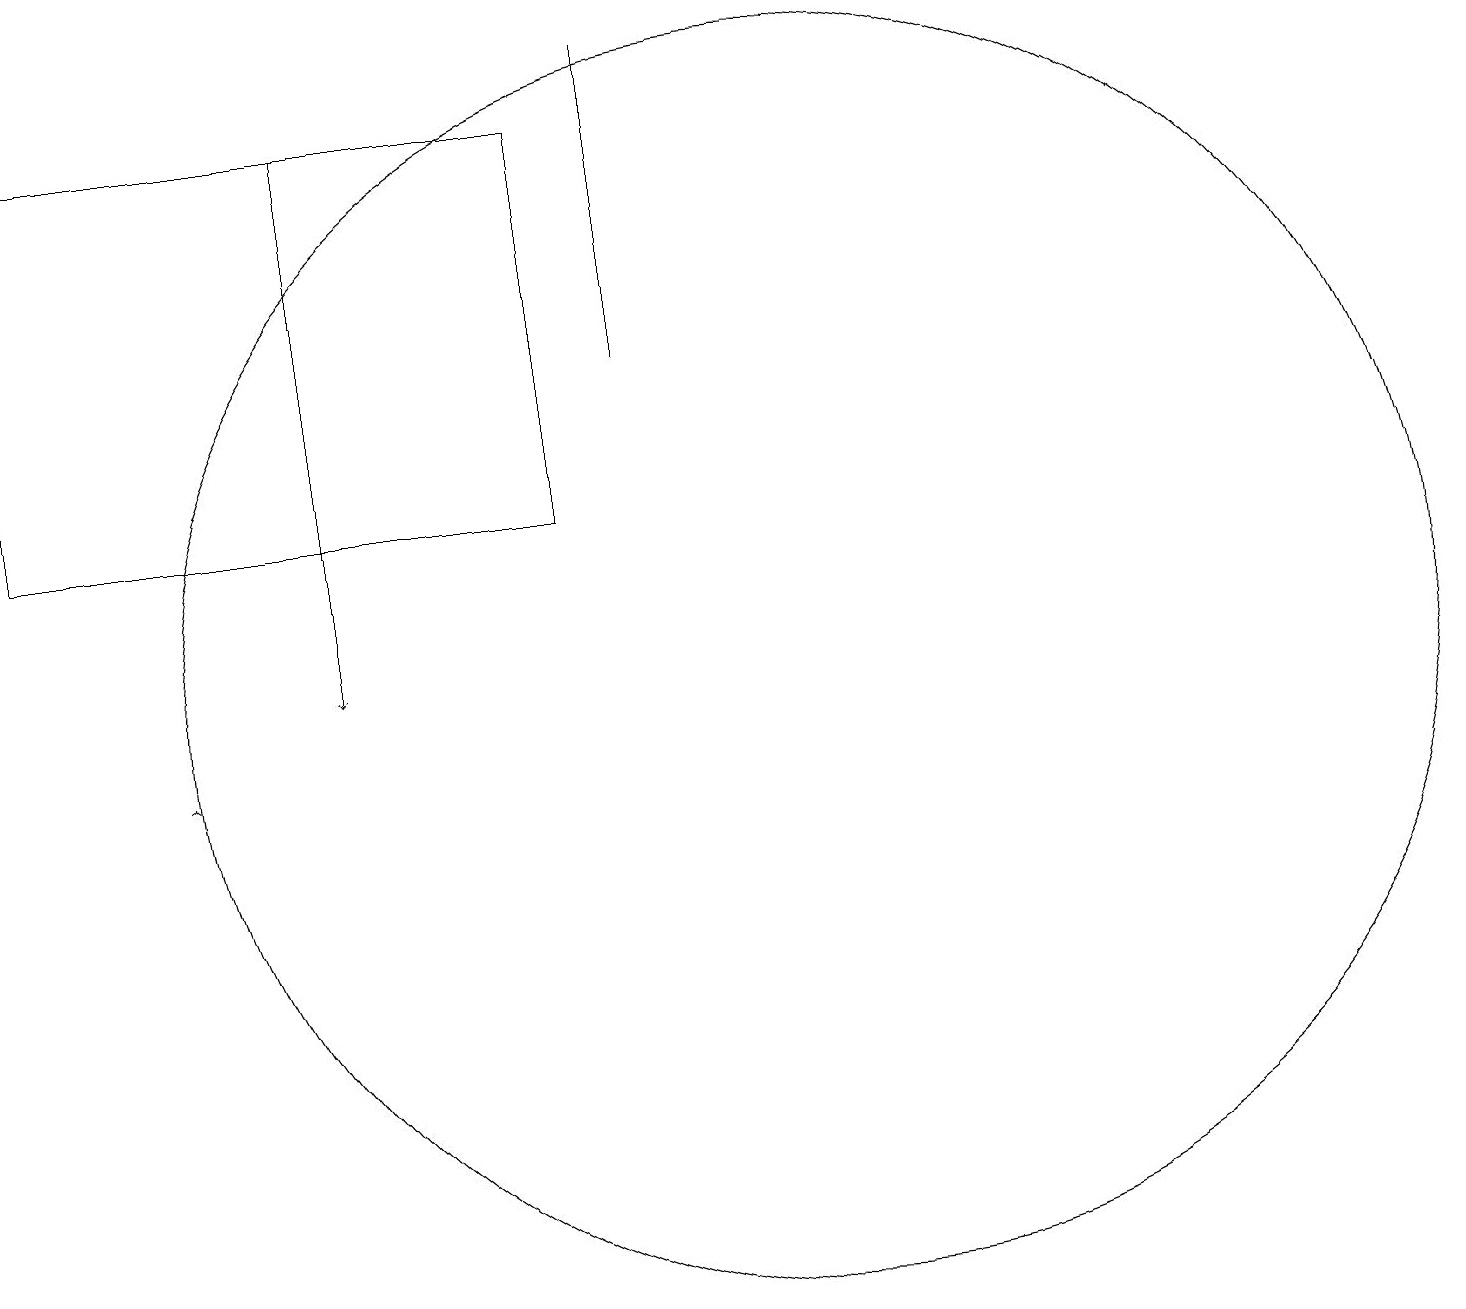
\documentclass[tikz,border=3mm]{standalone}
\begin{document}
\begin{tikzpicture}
\draw[->] (2,10) -- (2,10);
\draw (10,11) circle (8);
\draw[->] (4,18) -- (4,11);
\draw (0,18) rectangle (7,13);
\draw (8,15) rectangle (8,19);
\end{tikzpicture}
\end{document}